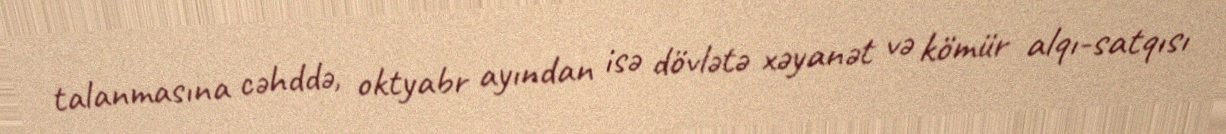
talanmasına cəhddə, oktyabr ayından isə dövlətə xəyanət və kömür alqı-satqısı